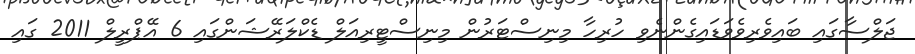
ޖަލްސާގައި ބައިވެރިވެވަޑައިގެންނެވި ހުރިހާ މިނިސްޓަރުން މިނިސްޓީރިއަލް ޑެކްލަރޭޝަންގައި 6 އޭޕްރީލް 2011 ގައި